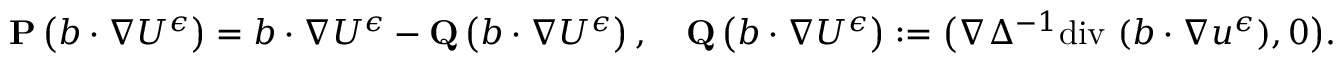
\begin{array} { r } { \mathbf { P } \left( b \cdot \nabla U ^ { \epsilon } \right) = b \cdot \nabla U ^ { \epsilon } - \mathbf { Q } \left( b \cdot \nabla U ^ { \epsilon } \right) , \quad \mathbf { Q } \left( b \cdot \nabla U ^ { \epsilon } \right) : = \big ( \nabla \Delta ^ { - 1 } \mathrm { d i v ~ } ( b \cdot \nabla u ^ { \epsilon } ) , 0 \big ) . } \end{array}